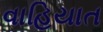
વાહિયાત